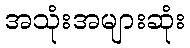
အသုံးအများဆုံး